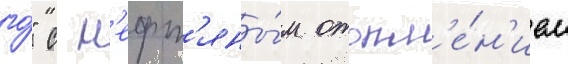
го́" с н'ефт'яны́м отопл'е́н'ием